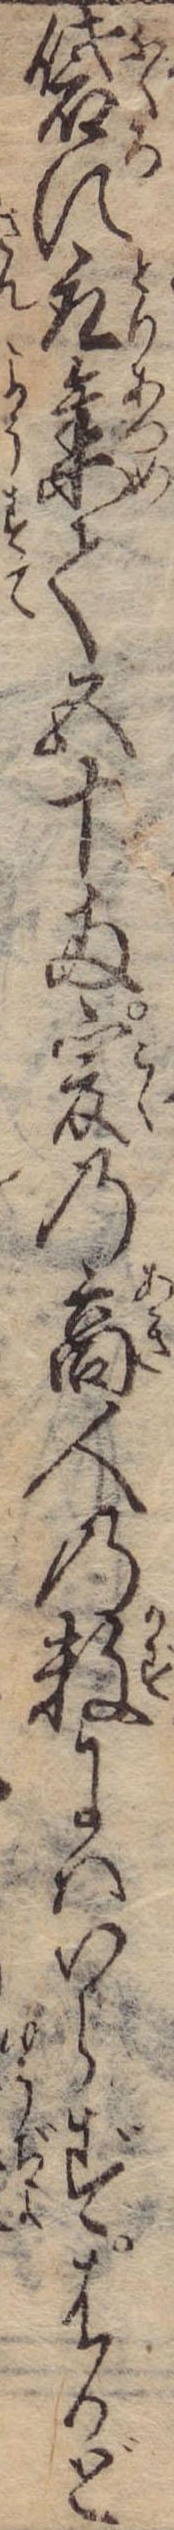
袋に取集て五十両爰の商人の数にはいらずはかど